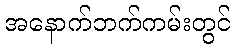
အနောက်ဘက်ကမ်းတွင်